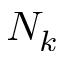
N _ { k }